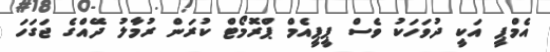
އެމްޕީ އަކީ ދުވަހަކު ވެސް ޕީޕީއެމް ޕްރޮމޯޓް ކުރަން ރުމާލު ދޭއްގެ ޖަގަހަ